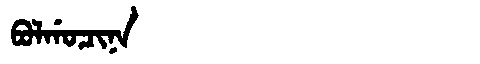
Manchu: ᠪᠣᠯᡤᠣᠴᡳᠨᠠ
Romanization: BOLGOCINA